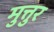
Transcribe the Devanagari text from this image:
मुत्तुर